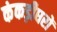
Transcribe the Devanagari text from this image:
कंकड़ीघरों